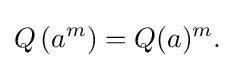
\displaystyle {Q\left(a^{m}\right)=Q(a)^{m}.}